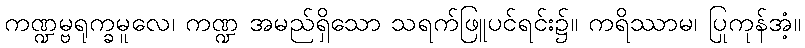
ကဏ္ဍမ္ဗရုက္ခမူလေ၊ ကဏ္ဍ အမည်ရှိသော သရက်ဖြူပင်ရင်း၌။ ကရိဿာမ၊ ပြုကုန်အံ့။